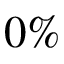
0 \%